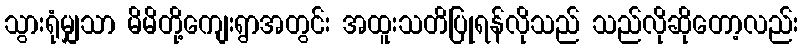
သွားရုံမျှသာ မိမိတို့ကျေးရွာအတွင်း အထူးသတိပြုရန်လိုသည် သည်လိုဆိုတော့လည်း